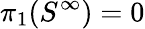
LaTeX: \pi_{1}(S^{\infty})=0